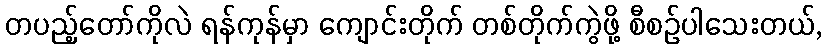
တပည့်တော်ကိုလဲ ရန်ကုန်မှာ ကျောင်းတိုက် တစ်တိုက်ကွဲဖို့ စီစဉ်ပါသေးတယ်,